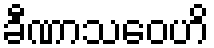
ခီဏာသဝေဟိ